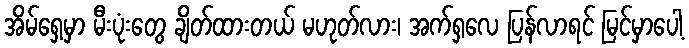
အိမ်ရှေ့မှာ မီးပုံးတွေ ချိတ်ထားတယ် မဟုတ်လား၊ အက်ရှလေ ပြန်လာရင် မြင်မှာပေါ့